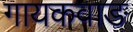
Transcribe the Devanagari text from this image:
गायकवाङ